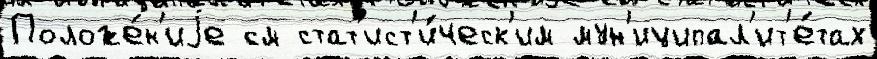
Положе́н'иjе см стат'ист'и́ческ'им мун'иципал'ит'е́тах